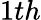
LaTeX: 1th